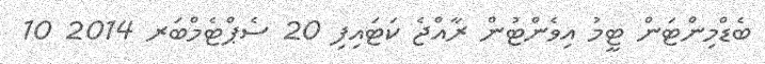
ބެޑްމިންޓަން ޓީމު އިވެންޓުން ރާއްޖެ ކަޓައިފި 20 ސެޕްޓެމްބަރ 2014 10